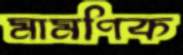
মামণিক